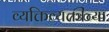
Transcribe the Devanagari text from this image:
व्यक्तिव्यक्तींच्या